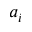
a _ { i }